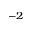
^ { - 2 }